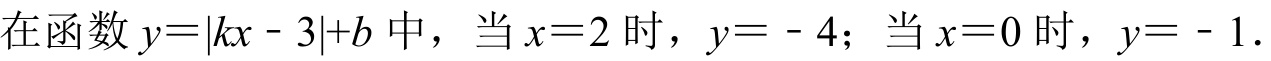
在函数$y = |kx - 3|+b$中，当$x = 2$时，$y = - 4$；当$x = 0$时，$y = - 1$.